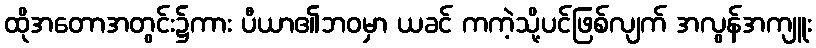
ထိုအတောအတွင်း၌ကား ပီယာ၏ဘဝမှာ ယခင် ကကဲ့သို့ပင်ဖြစ်လျက် အလွန်အကျူး